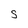
Character: S